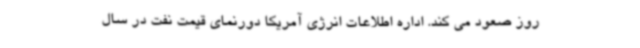
روز صعود می کند. اداره اطلاعات انرژی آمریکا دورنمای قیمت نفت در سال